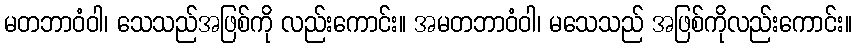
မတဘာဝံဝါ၊ သေသည်အဖြစ်ကို လည်းကောင်း။ အမတဘာဝံဝါ၊ မသေသည် အဖြစ်ကိုလည်းကောင်း။